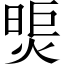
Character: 煚